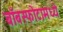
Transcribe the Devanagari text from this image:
बाँबस्फोटामध्ये